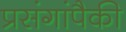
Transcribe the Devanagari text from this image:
प्रसंगांपैकी